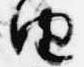
由